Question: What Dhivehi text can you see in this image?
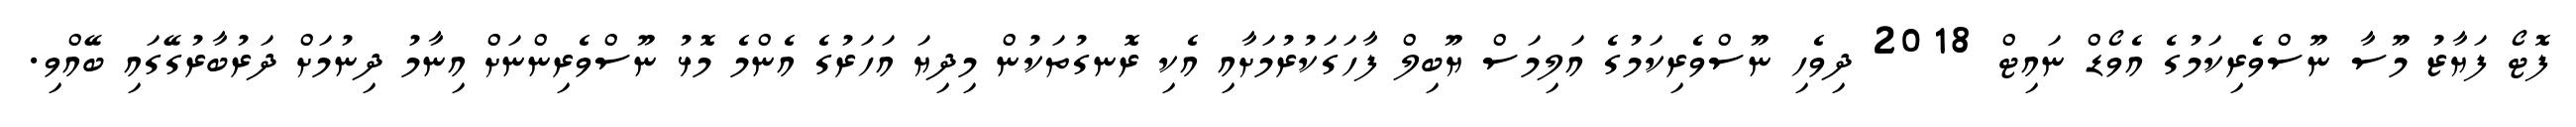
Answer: ފޮޓޯ ފަޔާޒު މޫސާ ނޫސްވެރިކަމުގެ އެވޯޑް ނައިޓް 2018 ދިވެހި ނޫސްވެރިކަމުގެ އަލިމަސް ޔޫބިލް ފާހަގަކުރުމަށާއި އެކި ރޮނގުތަކުން މިދިޔަ އަހަރުގެ އެންމެ މޮޅު ނޫސްވެރިންނަށް އިނާމު ދިނުމަށް ދަރުބާރުގޭގައި ބޭއްވި.